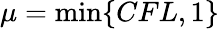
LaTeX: \mu=\operatorname*{min}\{ CFL,1\}